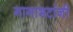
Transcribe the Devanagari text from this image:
गागाभटांनी